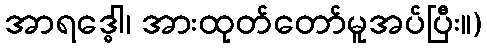
အာရဒ္ဓေါ၊ အားထုတ်တော်မူအပ်ပြီး။)